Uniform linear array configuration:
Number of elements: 4
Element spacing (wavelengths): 0.25
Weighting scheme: exponential
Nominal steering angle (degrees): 60
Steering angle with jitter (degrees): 59.522
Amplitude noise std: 0.05
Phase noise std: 0.05

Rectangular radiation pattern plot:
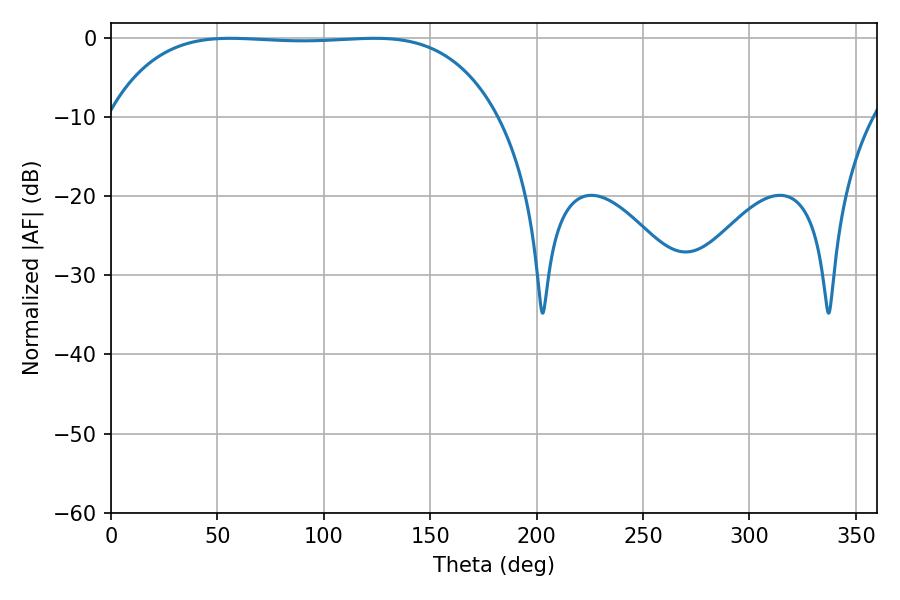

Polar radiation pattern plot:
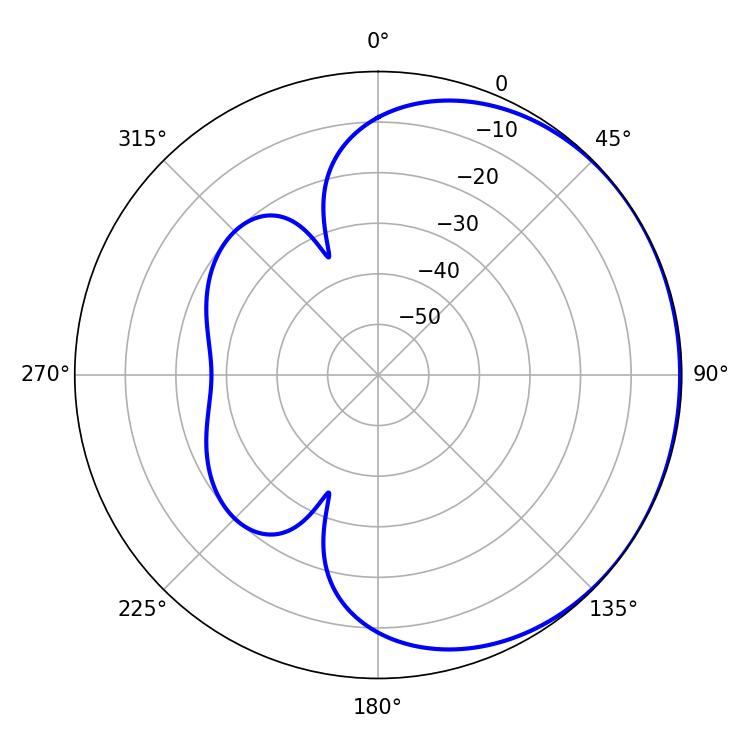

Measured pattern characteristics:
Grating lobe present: FALSE
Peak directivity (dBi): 0.5125
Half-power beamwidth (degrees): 142.56
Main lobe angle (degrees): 56.16